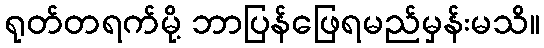
ရုတ်တရက်မို့ ဘာပြန်ဖြေရမည်မှန်းမသိ။